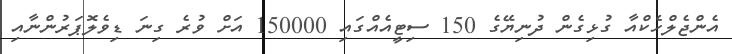
އެންޖެލްހެކްއާ ގުޅިގެން ދުނިޔޭގެ 150 ސިޓީއެއްގައި 150000 އަށް ވުރެ ގިނަ ޑިވެލޮޕަރުންނާއި